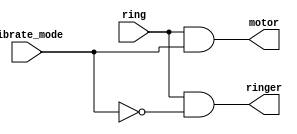
//
//
// https://hdlbits.01xz.net/wiki/Ringer
//
//

`default_nettype none

module top_module (
    input   ring,
    input   vibrate_mode,
    output  ringer,
    output  motor
);

    assign motor  = ring & vibrate_mode;
    assign ringer = ring & ~vibrate_mode;

endmodule